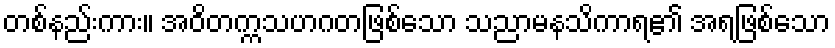
တစ်နည်းကား။ အဝိတက္ကသဟဂတဖြစ်သော သညာမနသိကာရ၏ အရဖြစ်သော